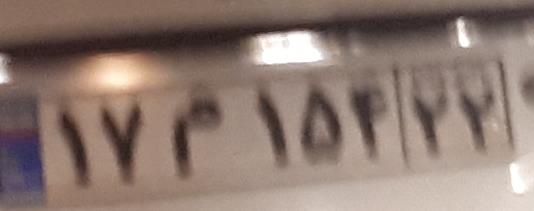
۱۷م۱۵۴۲۲